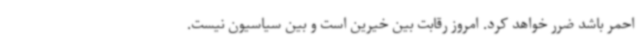
احمر باشد ضرر خواهد کرد. امروز رقابت بین خیرین است و بین سیاسیون نیست.